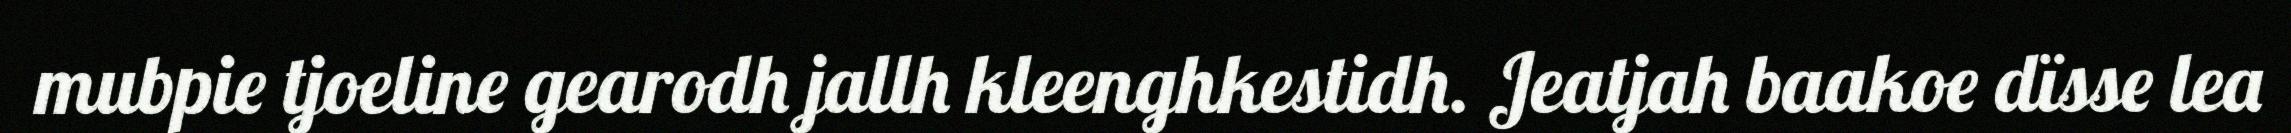
mubpie tjoeline gearodh jallh kleenghkestidh. Jeatjah baakoe dïsse lea